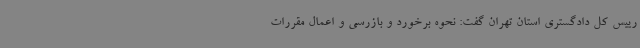
رییس کل دادگستری استان تهران گفت: نحوه برخورد و بازرسی و اعمال مقررات